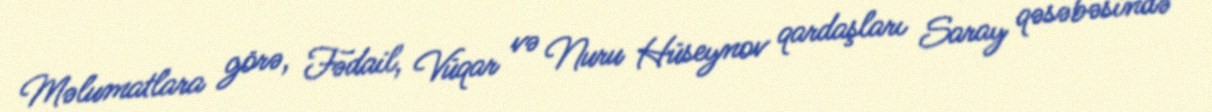
Məlumatlara görə, Fədail, Vüqar və Nuru Hüseynov qardaşları Saray qəsəbəsində